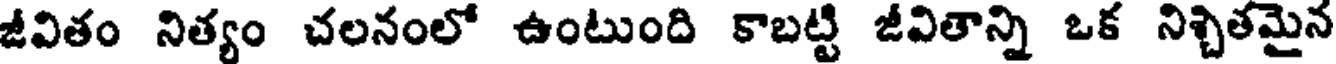
జీవితం నిత్యం చలనంలో ఉంటుంది కాబట్టి జీవితాన్ని ఒక నిశ్చితమైన